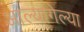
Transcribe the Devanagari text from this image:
आल्यागेल्या